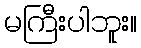
မကြီးပါဘူး။